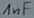
Text: 1nF